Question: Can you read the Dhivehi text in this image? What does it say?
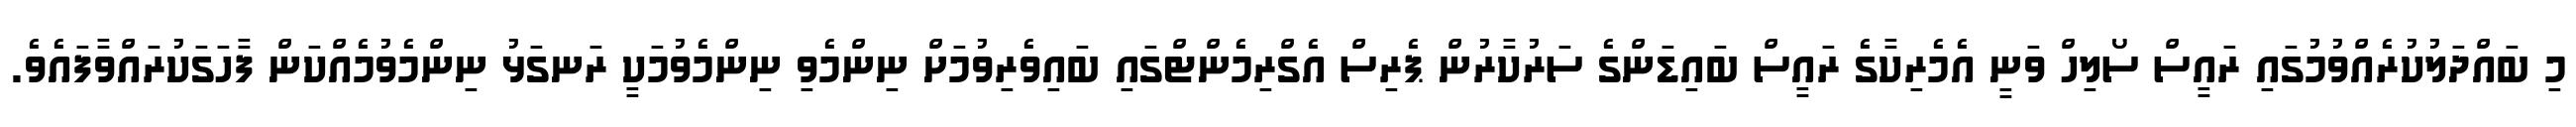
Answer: މި ބައްދަލުކުރެއްވުމުގައި ރައީސް ސޯލިހް ވަނީ އެމެރިކާގެ ރައީސް ބައިޑަންގެ ސަރުކާރުން ޕެރިސް އެގްރިމެންޓްގައި ބައިވެރިވުމަށް ނިންމެވި ނިންމެވުމަކީ ރަނގަޅު ނިންމެވުމެއްކަން ފާހަގަކުރައްވާފައެވެ.